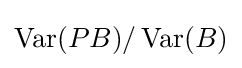
\operatorname {Var} (PB)/\operatorname {Var} (B)